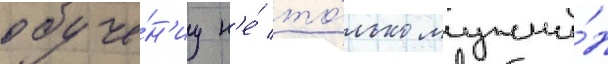
обуче́н'иу н'е́ то́лько мужчи́н